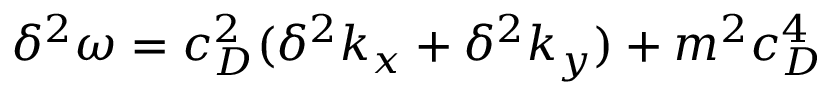
\begin{array} { r } { \delta ^ { 2 } \omega = c _ { D } ^ { 2 } ( \delta ^ { 2 } k _ { x } + \delta ^ { 2 } k _ { y } ) + m ^ { 2 } c _ { D } ^ { 4 } } \end{array}